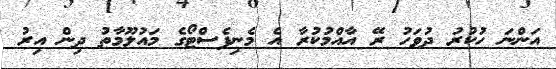
އަންނަ ހުކުރު ދުވަހު ރޭ އާއްމުކުރާ އެ މެނިފެސްޓޯގެ މައުލޫމާތު ދިން އިރު